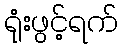
ရုံးဖွင့်ရက်